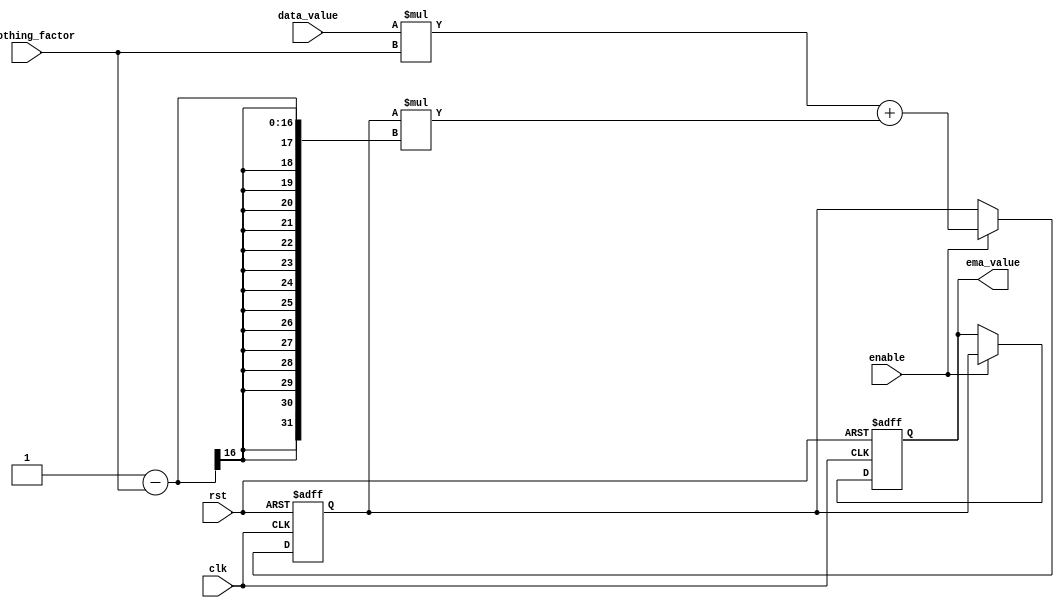
module ema_accumulator (
    input wire clk,
    input wire rst,
    input wire [15:0] data_value,
    input wire [15:0] smoothing_factor,
    input wire enable,
    output reg [15:0] ema_value
);

reg [15:0] ema_temp;

always @(posedge clk or posedge rst) begin
    if (rst) begin
        ema_value <= 0;
        ema_temp <= 0;
    end else if (enable) begin
        ema_temp <= (data_value * smoothing_factor) + (ema_temp * (1 - smoothing_factor));
        ema_value <= ema_temp;
    end
end

endmodule